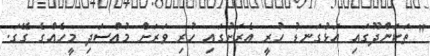
" ތަކަންދޫގައި އަޅުގަނޑު ހުރީ އެރަށުގައި ހުރި ވަރަށް މުއްސަދި މީހެއްގެ ގޭގަ.